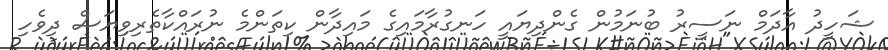
ޝަހީދު އާދަމް ނަސީރު ބުނަމުން ގެންދިޔައީ ހަނގުރާމައިގެ މައިދާން ކިތަންމެ ނުރައްކާތެރިވިޔަސް ދިވެހި